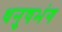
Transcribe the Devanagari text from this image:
धनुषभंग